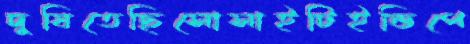
দুষিতেছিসোসাইটিইন্ডিপে